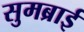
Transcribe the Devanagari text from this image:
सुमब्राई